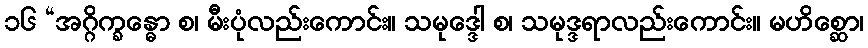
၁၆ “အဂ္ဂိက္ခန္ဓော စ၊ မီးပုံလည်းကောင်း။ သမုဒ္ဒေါ စ၊ သမုဒ္ဒရာလည်းကောင်း။ မဟိစ္ဆော၊